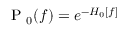
\mathrm { ~ P ~ } _ { 0 } ( f ) = e ^ { - H _ { 0 } [ f ] }